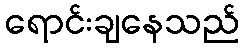
ရောင်းချနေသည်